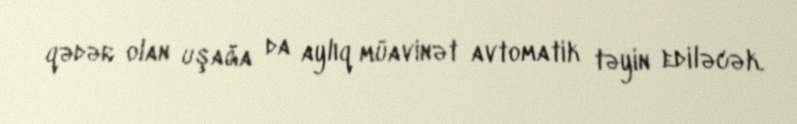
qədər olan uşağa da aylıq müavinət avtomatik təyin ediləcək.